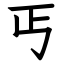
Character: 丐